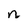
Character: n